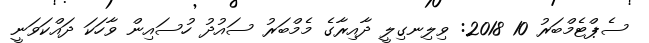
ސެޕްޓެމްބަރު 10 2018: ވިލިނގިލީ ދާއިރާގެ މެމްބަރު ސައުދު ހުސައިން ވާހަކަ ދައްކަވަނީ